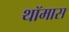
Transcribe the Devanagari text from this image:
थॉमास